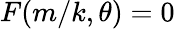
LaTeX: F(m/k,\theta)=0